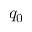
q _ { 0 }